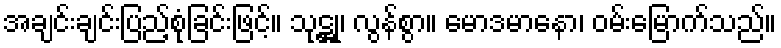
အချင်းချင်းပြည့်စုံခြင်းဖြင့်။ သုဋ္ဌု၊ လွန်စွာ။ မောဒမာနော၊ ဝမ်းမြောက်သည်။